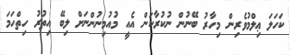
ކަހަލަ ޢިލްމުވެރިން މިހާރު ބޭނުން ނުކުރާކަން އެއީ މުއުމިނުންނަށް ލިބޭ އިތުރު ހިތްހަމަ